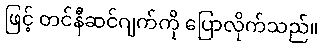
ဖြင့် တင်နီဆင်ဂျက်ကို ပြောလိုက်သည်။